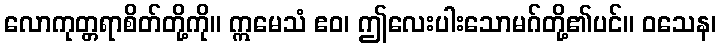
လောကုတ္တရာစိတ်တို့ကို။ ဣမေသံ ဧဝ၊ ဤလေးပါးသောမဂ်တို့၏ပင်။ ဝသေန၊